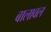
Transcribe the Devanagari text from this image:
बालावल